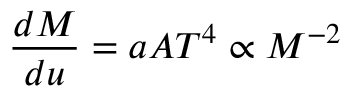
\frac { d M } { d u } = a A T ^ { 4 } \propto M ^ { - 2 }